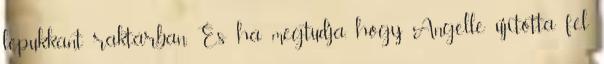
lepukkant raktárban. És ha megtudja, hogy Angelle újította fel